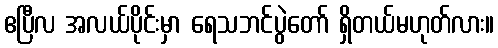
ဧပြီလ အလယ်ပိုင်းမှာ ရေသဘင်ပွဲတော် ရှိတယ်မဟုတ်လား။